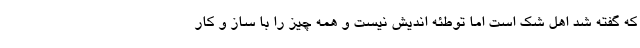
که گفته شد اهل شک است اما توطئه اندیش نیست و همه چیز را با ساز و کار